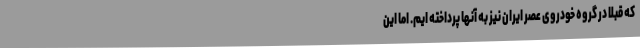
که قبلا در گروه خودروی عصر ایران نیز به آنها پرداخته ایم. اما این